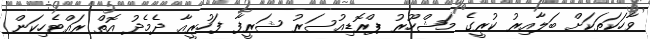
ވާހަކަތަކަށް ބަލާއިރު ކުރީގެ މަޝްހޫރު ޕްރޮޑިއުސަރު ޝަރީފާ ފަހުރީއާ ދެމެދު އޮތް ރައްޓެހިކަން